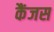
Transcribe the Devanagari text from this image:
कैंजस